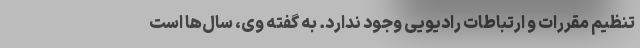
تنظیم مقررات و ارتباطات رادیویی وجود ندارد. به گفته وی، سال‌ها است